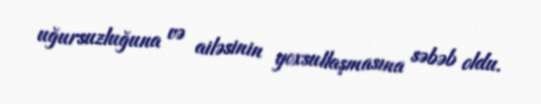
uğursuzluğuna və ailəsinin yoxsullaşmasına səbəb oldu.